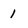
Character: 1